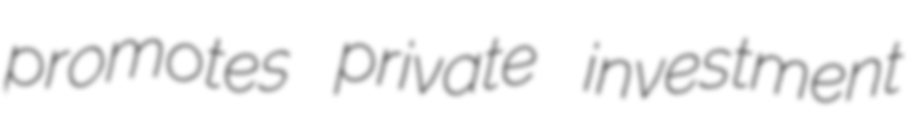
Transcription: promotes private investment